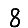
Digit: 8